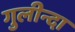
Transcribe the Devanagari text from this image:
गुलीन्दा